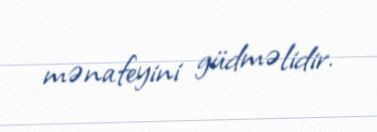
mənafeyini güdməlidir.